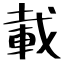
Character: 載